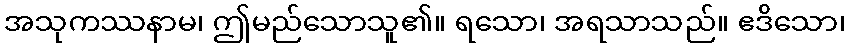
အသုကဿနာမ၊ ဤမည်သောသူ၏။ ရသော၊ အရသာသည်။ ဧဒိသော၊